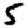
Digit: 5